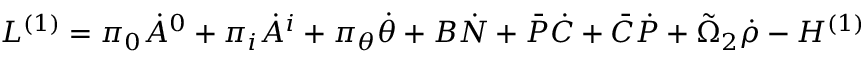
{ \cal L } ^ { ( 1 ) } = \pi _ { 0 } \dot { A } ^ { 0 } + \pi _ { i } \dot { A } ^ { i } + \pi _ { \theta } \dot { \theta } + B \dot { N } + \bar { \cal P } \dot { \cal C } + \bar { \cal C } \dot { \cal P } + \tilde { \Omega } _ { 2 } \dot { \rho } - { \cal H } ^ { ( 1 ) }